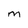
Character: m